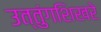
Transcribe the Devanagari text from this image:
उत्तुंगशिखरे